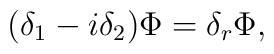
(\delta_{1} - i \delta_{2}) \Phi = \delta_{r} \Phi,